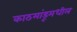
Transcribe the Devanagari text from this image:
काठमांडूमधील